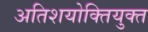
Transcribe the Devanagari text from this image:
अतिशयोक्‍तियुक्‍त